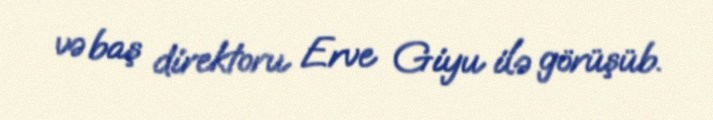
və baş direktoru Erve Giyu ilə görüşüb.